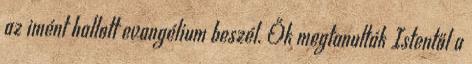
az imént hallott evangélium beszél. Ők megtanulták Istentől a